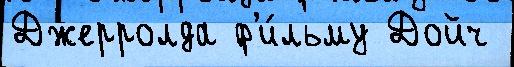
Джерролда ф'и́льму Дойч